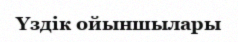
Үздік ойыншылары